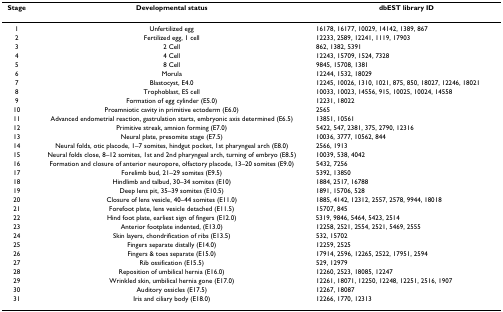
<table><thead><tr><td><b>Stage</b></td><td><b>Developmental status</b></td><td><b>dbEST library ID</b></td></tr></thead><tbody><tr><td>1</td><td>Unfertilized egg</td><td>16178, 16177, 10029, 14142, 1389, 867</td></tr><tr><td>2</td><td>Fertilized egg, 1 cell</td><td>12233, 2589, 12241, 1119, 17903</td></tr><tr><td>3</td><td>2 Cell</td><td>862, 1382, 5391</td></tr><tr><td>4</td><td>4 Cell</td><td>12243, 15709, 1524, 7328</td></tr><tr><td>5</td><td>8 Cell</td><td>9845, 15708, 1381</td></tr><tr><td>6</td><td>Morula</td><td>12244, 1532, 18029</td></tr><tr><td>7</td><td>Blastocyst, E4.0</td><td>12245, 10026, 1310, 1021, 875, 850, 18027, 12246, 18021</td></tr><tr><td>8</td><td>Trophoblast, ES cell</td><td>10033, 10023, 14556, 915, 10025, 10024, 14558</td></tr><tr><td>9</td><td>Formation of egg cylinder (E5.0)</td><td>12231, 18022</td></tr><tr><td>10</td><td>Proamniotic cavity in primitive ectoderm (E6.0)</td><td>2565</td></tr><tr><td>11</td><td>Advanced endometrial reaction, gastrulation starts, embryonic axis determined (E6.5)</td><td>13851, 10561</td></tr><tr><td>12</td><td>Primitive streak, amnion forming (E7.0)</td><td>5422, 547, 2381, 375, 2790, 12316</td></tr><tr><td>13</td><td>Neural plate, presomite stage (E7.5)</td><td>10036, 3777, 10562, 844</td></tr><tr><td>14</td><td>Neural folds, otic placode, 1–7 somites, hindgut pocket, 1st pharyngeal arch (E8.0)</td><td>2566, 1913</td></tr><tr><td>15</td><td>Neural folds close, 8–12 somites, 1st and 2nd pharyngeal arch, turning of embryo (E8.5)</td><td>10039, 538, 4042</td></tr><tr><td>16</td><td>Formation and closure of anterior neuropore, olfactory placode, 13–20 somites (E9.0)</td><td>5432, 7256</td></tr><tr><td>17</td><td>Forelimb bud, 21–29 somites (E9.5)</td><td>5392, 13850</td></tr><tr><td>18</td><td>Hindlimb and talbud, 30–34 somites (E10)</td><td>1884, 2517, 16788</td></tr><tr><td>19</td><td>Deep lens pit, 35–39 somites (E10.5)</td><td>1891, 15706, 528</td></tr><tr><td>20</td><td>Closure of lens vesicle, 40–44 somites (E11.0)</td><td>1885, 4142, 12312, 2557, 2578, 9944, 18018</td></tr><tr><td>21</td><td>Forefoot plate, lens vesicle detached (E11.5)</td><td>15707, 845</td></tr><tr><td>22</td><td>Hind foot plate, earliest sign of fingers (E12.0)</td><td>5319, 9846, 5464, 5423, 2514</td></tr><tr><td>23</td><td>Anterior footplate indented, (E13.0)</td><td>12258, 2521, 2554, 2521, 5469, 2555</td></tr><tr><td>24</td><td>Skin layers, chondrification of ribs (E13.5)</td><td>532, 15702</td></tr><tr><td>25</td><td>Fingers separate distally (E14.0)</td><td>12259, 2525</td></tr><tr><td>26</td><td>Fingers &amp; toes separate (E15.0)</td><td>17914, 2596, 12265, 2522, 17951, 2594</td></tr><tr><td>27</td><td>Rib ossification (E15.5)</td><td>529, 12979</td></tr><tr><td>28</td><td>Reposition of umbilical hernia (E16.0)</td><td>12260, 2523, 18085, 12247</td></tr><tr><td>29</td><td>Wrinkled skin, umbilical hernia gone (E17.0)</td><td>12261, 18071, 12250, 12248, 12251, 2516, 1907</td></tr><tr><td>30</td><td>Auditory ossicles (E17.5)</td><td>12267, 18087</td></tr><tr><td>31</td><td>Iris and ciliary body (E18.0)</td><td>12266, 1770, 12313</td></tr></tbody></table>